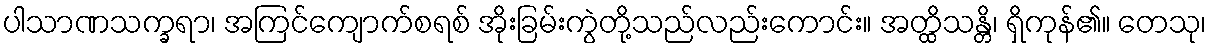
ပါသာဏသက္ခရာ၊ အကြင်ကျောက်စရစ် အိုးခြမ်းကွဲတို့သည်လည်းကောင်း။ အတ္ထိသန္တိ၊ ရှိကုန်၏။ တေသု၊